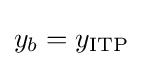
y_{b}=y_{\text{ITP}}